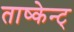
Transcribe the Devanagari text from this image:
ताष्केन्ट्